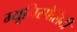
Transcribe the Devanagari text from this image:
म्यूनिस्पेलिटी